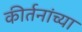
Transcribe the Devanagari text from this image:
कीर्तनांच्या